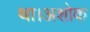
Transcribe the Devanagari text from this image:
था।अशोक